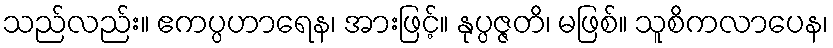
သည်လည်း။ ဧကပ္ပဟာရေန၊ အားဖြင့်။ နုပ္ပဇ္ဇတိ၊ မဖြစ်။ သူစိကလာပေန၊